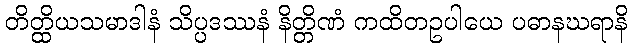
တိတ္ထိယသမာဒါနံ သိပ္ပဒဿနံ နိတ္တိဏံ ကထိတဥပါယေ ပဓာနဃရာနိ